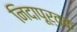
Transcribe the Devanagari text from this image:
निदापूर्वक